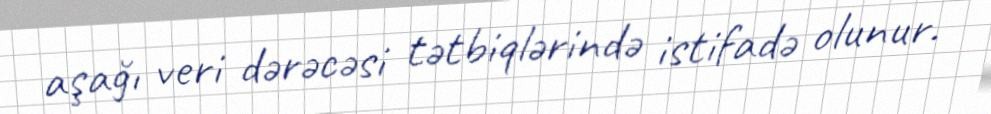
aşağı veri dərəcəsi tətbiqlərində istifadə olunur.